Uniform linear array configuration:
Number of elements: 4
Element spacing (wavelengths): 0.5
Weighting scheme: cosine
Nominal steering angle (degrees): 15
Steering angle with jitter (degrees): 16.314
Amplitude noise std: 0.05
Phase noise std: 0.05

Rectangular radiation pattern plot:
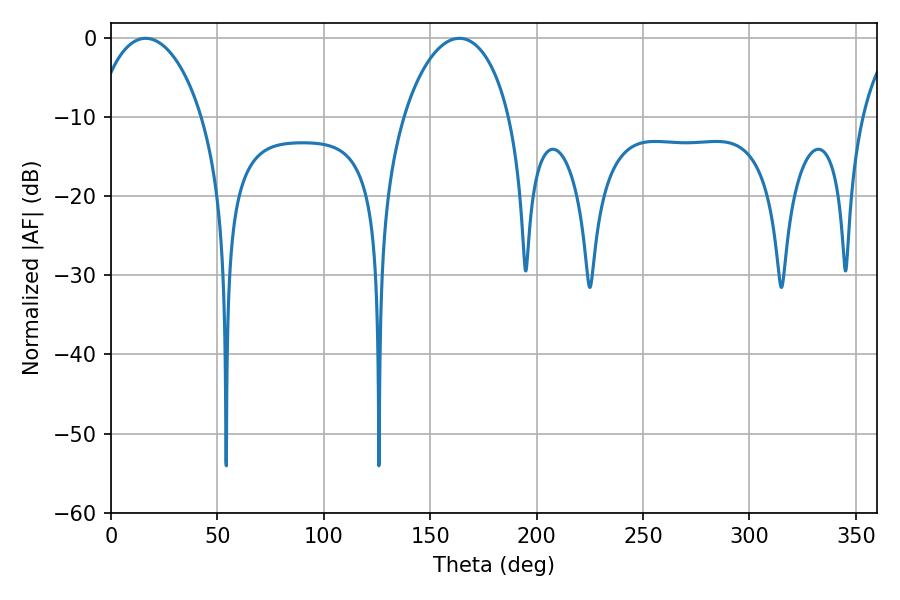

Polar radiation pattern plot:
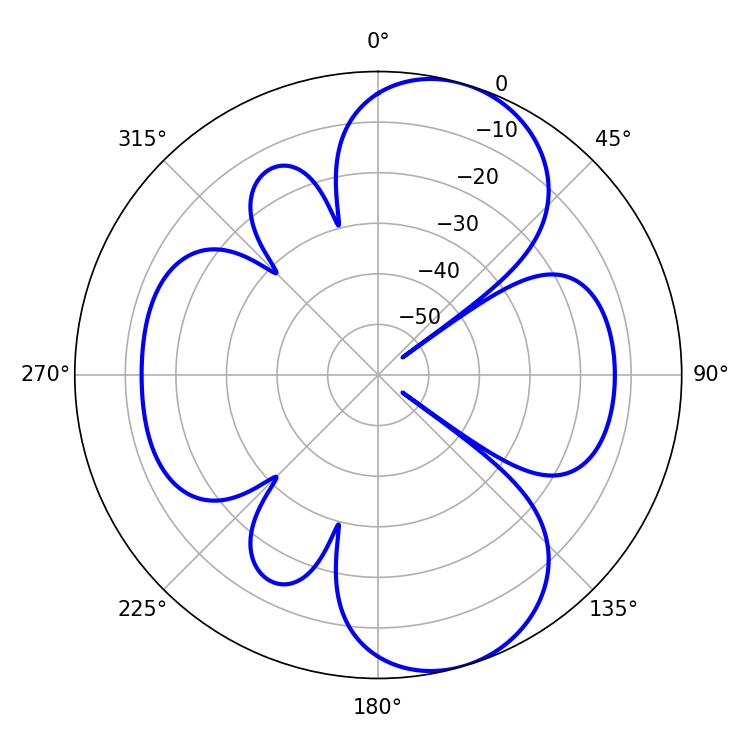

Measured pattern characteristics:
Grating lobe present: FALSE
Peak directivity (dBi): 8.61
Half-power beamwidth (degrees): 28.62
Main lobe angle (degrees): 16.2